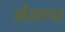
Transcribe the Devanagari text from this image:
औशाचा